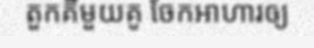
តួកគីមួយគូ ចែកអាហារឲ្យ